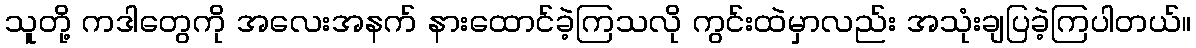
သူတို့ ကဒါတွေကို အလေးအနက် နားထောင်ခဲ့ကြသလို ကွင်းထဲမှာလည်း အသုံးချပြခဲ့ကြပါတယ်။